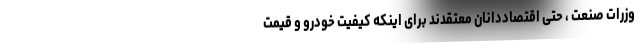
وزرات صنعت ، حتی اقتصاددانان معتقدند برای اینکه کیفیت خودرو و قیمت